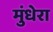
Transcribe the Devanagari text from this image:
मुंधेरा